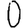
Digit: 0